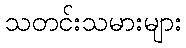
သတင်းသမားများ